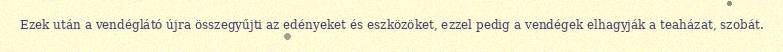
Ezek után a vendéglátó újra összegyűjti az edényeket és eszközöket, ezzel pedig a vendégek elhagyják a teaházat, szobát.